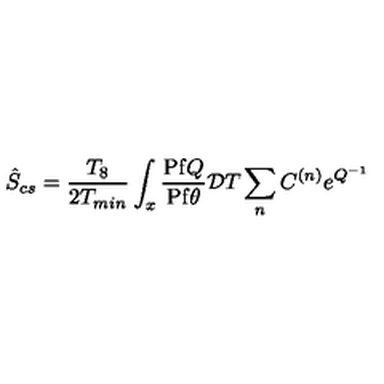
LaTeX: \hat { S } _ { c s } = \frac { T _ { 8 } } { 2 T _ { m i n } } \int _ { x } \frac { \mathrm { P f } Q } { \mathrm { P f } \theta } { \mathcal { D } } T \sum _ { n } C ^ { ( n ) } e ^ { Q ^ { - 1 } }